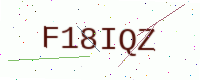
Text: F18IQZ